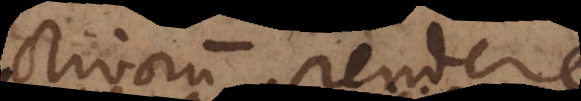
adjectivorum pendere,